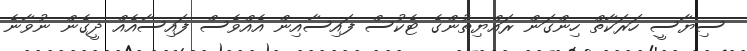
ސިޔާސީ ހަރަކާތް ހިންގަން ރައްޔިތުންގެ ޓެކުސް ފައިސާއިން އެއްވެސް ފައިސާއެއް ދީގެން ނުވާނެ